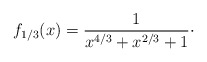
\begin{align*}f_{1/3}(x) = \frac1{x^{4/3}+x^{2/3}+1}\cdot\end{align*}